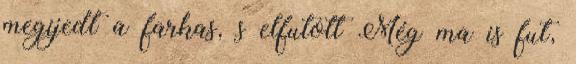
megijedt a farkas, s elfutott Még ma is fut,